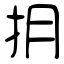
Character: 抈